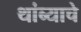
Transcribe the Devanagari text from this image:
थांब्याचे